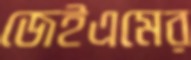
জেইএমের